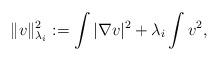
LaTeX: \begin{align*}\|v\|_{\lambda_i}^2:=\int |\nabla v|^2+\lambda_i\int v^2,\end{align*}